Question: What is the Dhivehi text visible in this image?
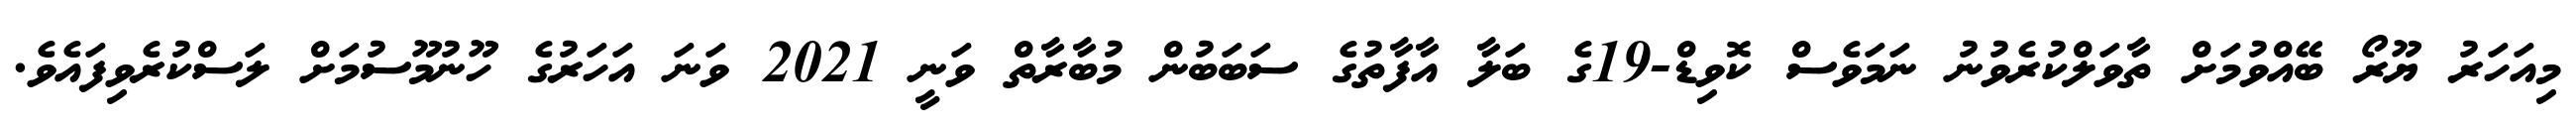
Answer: މިއަހަރު ޔޫރޯ ބޭއްވުމަށް ތާވަލްކުރެވުނު ނަމަވެސް ކޮވިޑް-19ގެ ބަލާ އާފާތުގެ ސަބަބުން މުބާރާތް ވަނީ 2021 ވަނަ އަހަރުގެ ހޫނުމޫސުމަށް ލަސްކުރެވިފައެވެ.